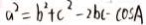
a ^ { 2 } = b ^ { 2 } + c ^ { 2 } - 2 b c - \cos A